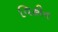
વિહીન